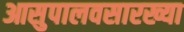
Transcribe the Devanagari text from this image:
आसुपालवसारख्या